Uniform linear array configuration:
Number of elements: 64
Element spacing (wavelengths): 1
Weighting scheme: hamming
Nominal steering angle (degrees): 0
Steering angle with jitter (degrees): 1.791
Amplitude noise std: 0.05
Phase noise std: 0.05

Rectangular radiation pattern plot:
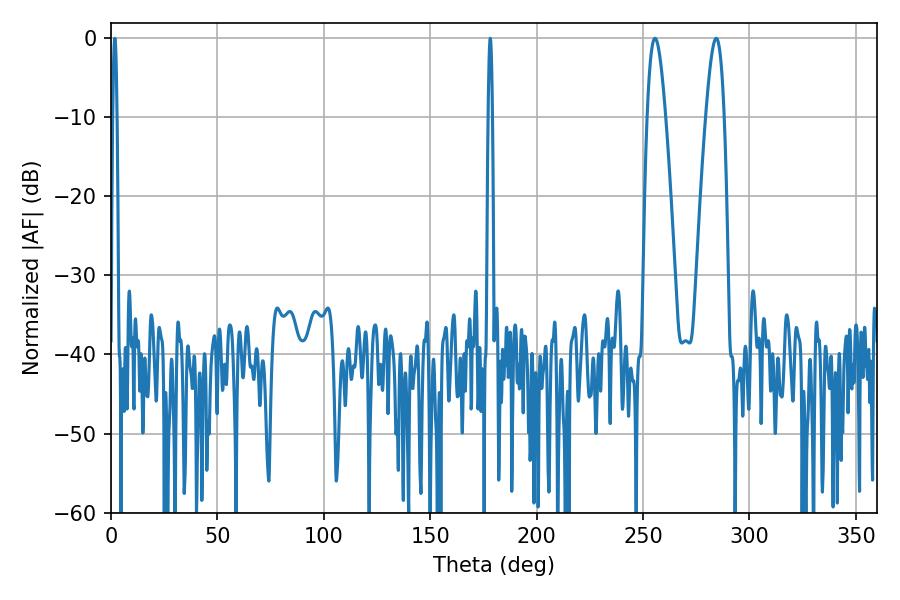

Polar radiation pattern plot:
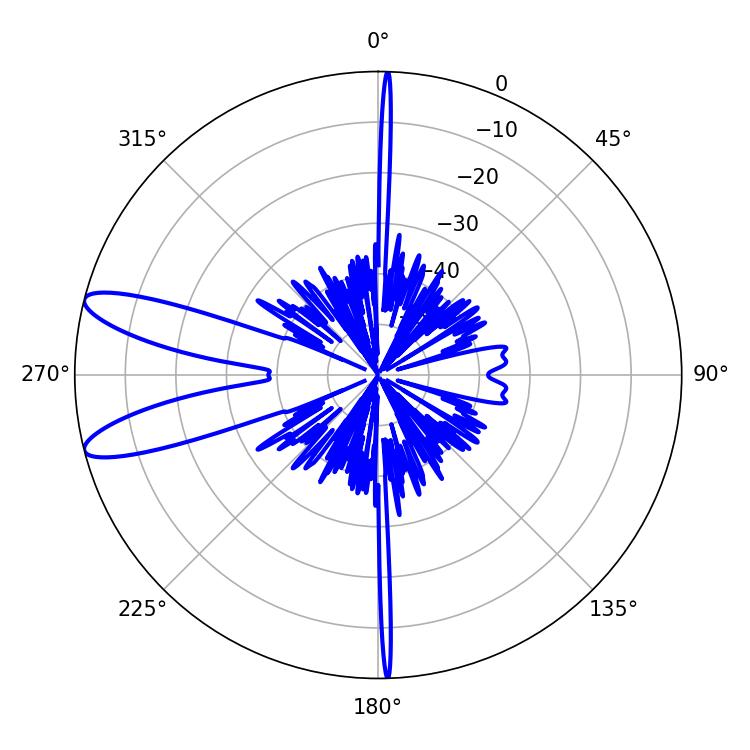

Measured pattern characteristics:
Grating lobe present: TRUE
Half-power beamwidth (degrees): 1.08
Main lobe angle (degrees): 1.8